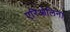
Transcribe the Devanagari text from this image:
एरिओलिना